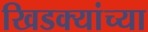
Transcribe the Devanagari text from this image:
खिडक्यांच्या